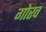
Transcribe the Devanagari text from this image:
गोरव